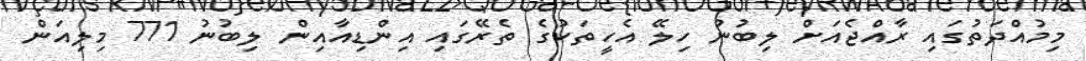
މިމުއްދަތުގައި ރާއްޖެއަށް ލިބުނު ހިލޭ އެހީތަކުގެ ތެރޭގައި އިންޑިއާއިން ލިބުނު 771 މިލިއަން